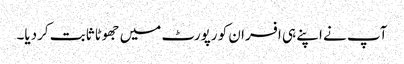
آپ نے اپنے ہی افسران کو رپورٹ میں جھوٹا ثابت کردیا۔